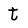
Character: t